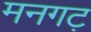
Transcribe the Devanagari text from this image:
मनगट़